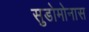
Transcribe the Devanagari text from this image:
सुडोमोनास